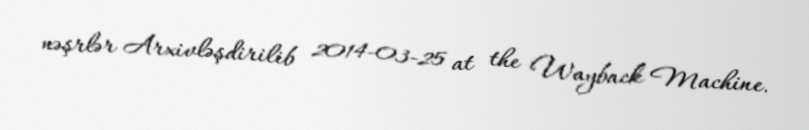
nəşrlər Arxivləşdirilib 2014-03-25 at the Wayback Machine.